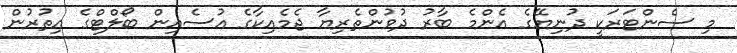
މި ސެންޓަރަކީ ދުނިޔޭގެ އެންމެ ބާރު ދުވުންތެރިޔާ ޖެމެއިކާގެ އުސެއިން ބޯލްޓްގެ އިތުރުން